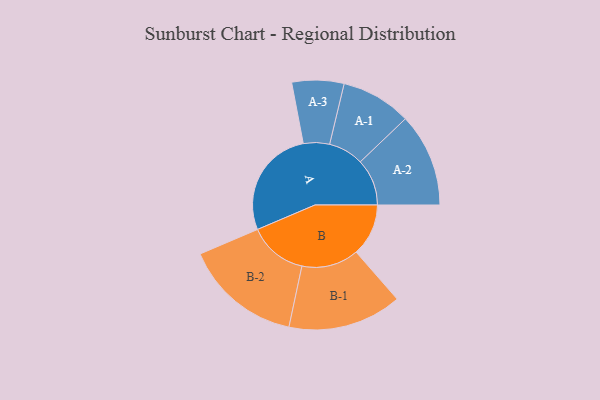
{"axis": {"x": "Segment", "y": "Value"}, "legend": ["", "A", "B"], "data": [{"x": "A", "y": 492, "type": ""}, {"x": "B", "y": 235, "type": ""}, {"x": "A-1", "y": 158, "type": "A"}, {"x": "A-2", "y": 210, "type": "A"}, {"x": "A-3", "y": 117, "type": "A"}, {"x": "B-1", "y": 256, "type": "B"}, {"x": "B-2", "y": 264, "type": "B"}]}